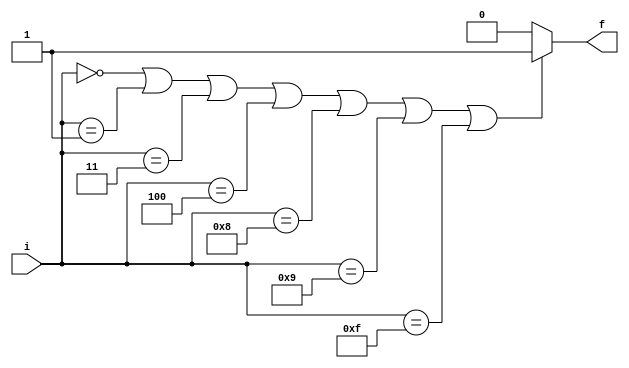
/*
*	F(A,B,C,D) = SOP(0,1,3,4,8,9,15)
*	Akshay - 24/02/2017
*/

module function1(i,f);
	input [3:0]i;
	output f;
	reg f;
	always @(*)
	begin
		if(i==0 || i==1 || i==3 || i==4 || i==8 || i==9 || i==15)
			f=1;
		else 
			f=0;
	end	
	
endmodule

/* 
//you can do this too
module function1(a,b,c,d,f);
	input a,b,c,d;
	output f;
	assign f= (!(b|c)) | (a&b&c&d) | ((!(a|b))&d) | (!(a|c|d));
	//or implement same thing with gate modules
endmodule

//note: tb will be different if you use this
*/